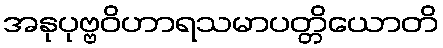
အနုပုဗ္ဗဝိဟာရသမာပတ္တိယောတိ